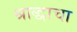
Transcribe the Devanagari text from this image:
श्राद्धाचा